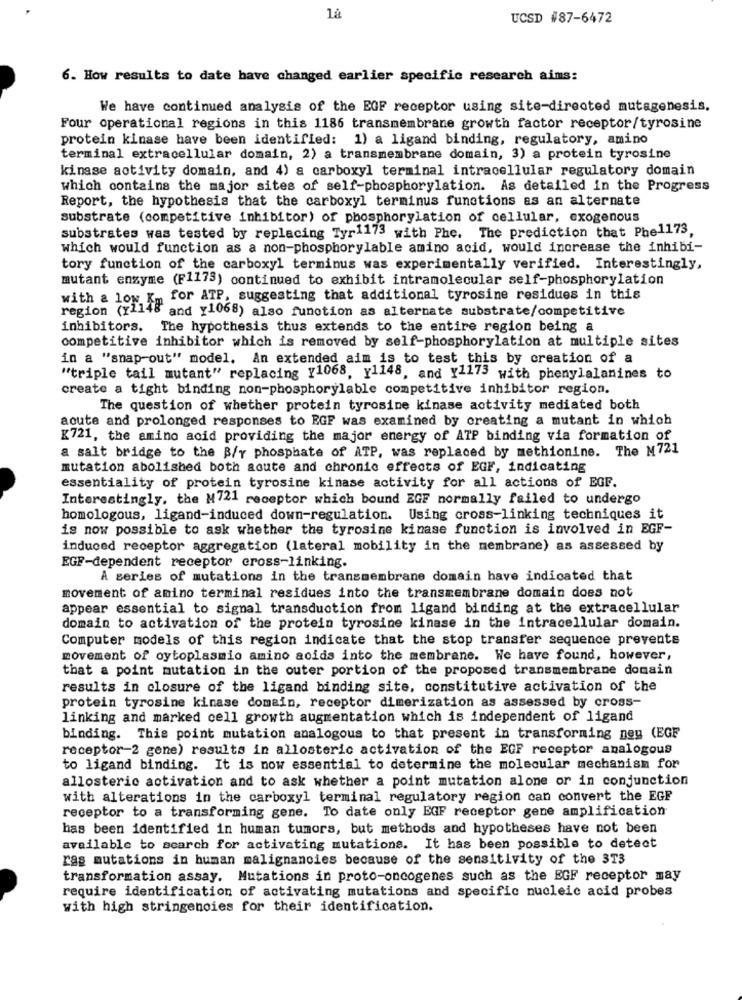
UCSD #87-6472
6. How results to date have changed earlier specific research aims:
We have continued analysis of the EGF receptor using site-directed mutagenesis.
Four operational regions in this 1186 transmembrane growth factor receptor/tyrosine
protein kinase have been identified: 1) a ligand binding, regulatory, amino
terminal extracellular domain, 2) a transmembrane domain, 3) a protein tyrosine
kinase activity domain, and 4) a carboxyl terminal intracellular regulatory domain
which contains the major sites of self-phosphorylation. As detailed in the Progress
Report, the hypothesis that the carboxyl terminus functions as an alternate
substrate (competitive inhibitor) of phosphorylation of cellular, exogenous
substrates was tested by replacing Tyr1173 with Phe. The prediction that Phe1173,
which would function as a non-phosphorylable amino acid, would increase the inhibi-
tory function of the carboxyl terminus was experimentally verified. Interestingly,
mutant enzyme (F1173) continued to exhibit intramolecular self-phosphorylation
m for ATP, suggesting that additional tyrosine residues in this
with - 1org and v1068) also function as alternate substrate/competitive
inhibitors. The hypothesis thus extends to the entire region being a
competitive inhibitor which is removed by self-phosphorylation at multiple sites
in a "snap-out" model, An extended aim is to test this by creation of a
"triple tail mutant" replacing y1068, y1148, and y1173 with phenylalanines to
create a tight binding non-phosphorylable competitive inhibitor region.
The question of whether protein tyrosine kinase activity mediated both
acute and prolonged responses to EGF was examined by creating a mutant in which
K721, the amino acid providing the major energy of ATP binding via formation of
a salt bridge to the B/y phosphate of ATP, was replaced by methionine. The M721
mutation abolished both acute and chronic effects of EGF, indicating
essentiality of protein tyrosine kinase activity for all actions of EGF.
Interestingly, the M721 receptor which bound EGF normally failed to undergo
homologous, ligand-induced down-regulation. Using cross-linking techniques it
is now possible to ask whether the tyrosine kinase function is involved in EGF-
induced receptor aggregation (lateral mobility in the membrane) as assessed by
EGF-dependent receptor cross-linking.
A series of mutations in the transmembrane domain have indicated that
movement of amino terminal residues into the transmembrane domain does not
appear essential to signal transduction from ligand binding at the extracellular
domain to activation of the protein tyrosine kinase in the intracellular domain.
Computer models of this region indicate that the stop transfer sequence prevents
movement of cytoplasmio amino acids into the membrane. We have found, however,
that a point mutation in the outer portion of the proposed transmembrane domain
results in closure of the ligand binding site, constitutive activation of the
protein tyrosine kinase domain, receptor dimerization as assessed by cross-
linking and marked cell growth augmentation which is independent of ligand
binding. This point mutation analogous to that present in transforming ney (EGF
receptor-2 gene) results in allosteric activation of the EGF receptor analogous
to ligand binding. It is now essential to determine the molecular mechanism for
allosteric activation and to ask whether a point mutation alone or in conjunction
with alterations in the carboxyl terminal regulatory region can convert the EGF
receptor to a transforming gene. To date only EGF receptor gene amplification
has been identified in human tumors, but methods and hypotheses have not been
available to search for activating mutations. It has been possible to detect
ras mutations in human malignancies because of the sensitivity of the 3T3
transformation assay. Mutations in proto-oncogenes such as the EGF receptor may
require identification of activating mutations and specific nucleic acid probes
with high stringencies for their identification.